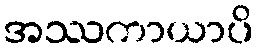
အဿကာယာပိ